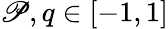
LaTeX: \mathscr{P},q\in[-1,1]